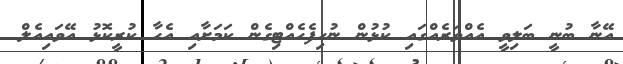
އޭނާ ބުނީ ބަލިވީ އެއްވަރެއްގައި ކުޅުން ނުހިފެހެއްޓިގެން ކަމަށާއި އެހާ ކުރީކޮޅު އޭވައިއެލް